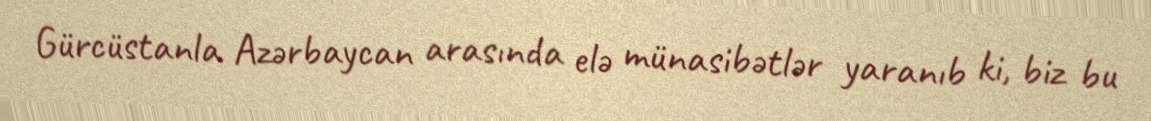
Gürcüstanla Azərbaycan arasında elə münasibətlər yaranıb ki, biz bu